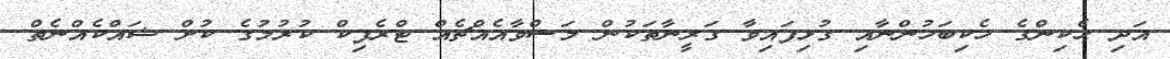
އަދި ހެކިންގެ ހެކިބަހުންނާއި ގުޅިފައިވާ ގަރީނާތަކުން މަސްވާއެއްޗެއް ޓްރެފިކް ކުރުމުގެ ކުށް ޝައްކެއްނެތް